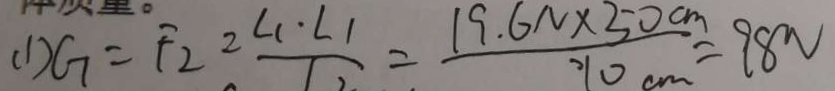
( 1 ) G = F _ { 2 } = \frac { l _ { 1 } \cdot I _ { 1 } } { 1 1 } = \frac { 1 9 . 6 N \times 5 0 c m } { 1 0 c m } = 9 8 n